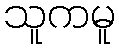
သူကမူ